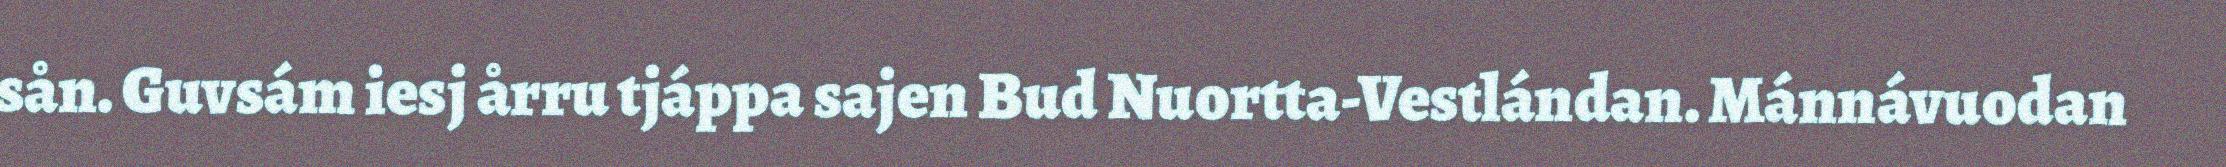
sån. Guvsám iesj årru tjáppa sajen Bud Nuortta-Vestlándan. Mánnávuodan